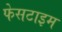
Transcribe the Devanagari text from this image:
फेसटाइम